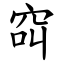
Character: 䆗